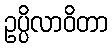
ဥပ္ပိလာဝိတာ